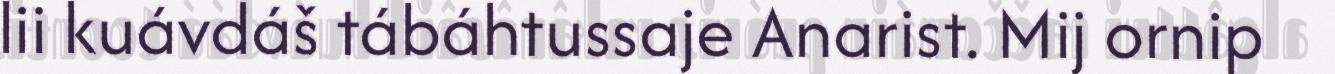
lii kuávdáš tábáhtussaje Anarist. Mij ornip